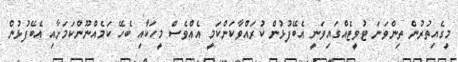
މީގެއިތުރުން ތިންވަނަ ޓުވީޓެއްގައިވަނީ އެބޭފުޅުން ކުރައްވާކަންކަމީ އެއްވެސް މީހަކާއި ބެހޭ ކަމެއްނޫންކަމަށާއި އެބޭފުޅުން